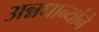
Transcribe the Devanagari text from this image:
अन्नधान्यांने